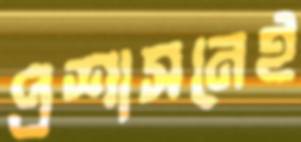
প্রশাসনেই